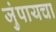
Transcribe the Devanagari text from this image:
जुंपायचा